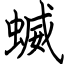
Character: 蝛